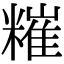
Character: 𥼂